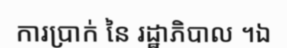
ការប្រាក់ នៃ រដ្ឋាភិបាល ។ឯ